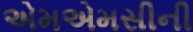
એમએમસીની